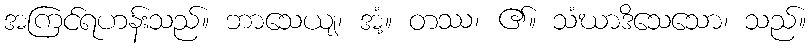
အကြင်ရဟန်းသည်။ ဘာသေယျ၊ အံ့။ တဿ၊ ၏။ သံဃာဒိသေသော၊ သည်။